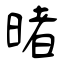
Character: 暏